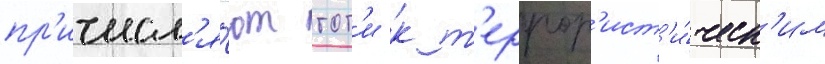
пр'ичисл'я́ют тот'и к т'еррор'ист'и́ческ'им